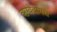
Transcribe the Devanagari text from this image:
ऋग्वेदामधे